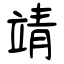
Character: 靖